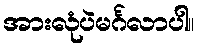
အားလုံပဲမင်္ဂလာပါ။